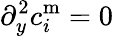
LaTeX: \partial_{y}^{2}c_{i}^{\mathrm{m}}=0